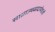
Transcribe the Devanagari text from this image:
साम्राज्यवादापेक्षाही